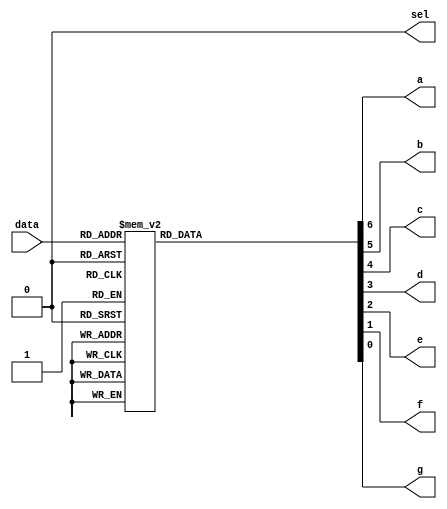
module led(data,sel,a,b,c,d,e,f,g); //led
	input [3:0]data; //data,4
	output a,b,c,d,e,f,g,sel; // a-gsel
	reg a,b,c,d,e,f,g; //a-greg
	assign sel=0; //sel0
	always @ (data) //dataalways
		begin
			case(data) //case
				4'b0000:{a,b,c,d,e,f,g}=7'b1111110;
				4'b0001:{a,b,c,d,e,f,g}=7'b0110000;
				4'b0010:{a,b,c,d,e,f,g}=7'b1101101;
				4'b0011:{a,b,c,d,e,f,g}=7'b1111001;
				4'b0100:{a,b,c,d,e,f,g}=7'b0110011;
				4'b0101:{a,b,c,d,e,f,g}=7'b1011011;
				4'b0110:{a,b,c,d,e,f,g}=7'b1011111;
				4'b0111:{a,b,c,d,e,f,g}=7'b1110000;
				4'b1000:{a,b,c,d,e,f,g}=7'b1111111;
				4'b1001:{a,b,c,d,e,f,g}=7'b1111011;
				default:{a,b,c,d,e,f,g}=7'b1001111;//E
			endcase
		end
endmodule